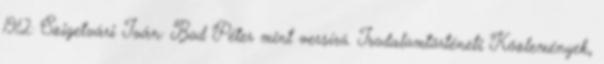
1912: Szigetvári Iván: Bod Péter mint versíró. Irodalomtörténeti Közlemények,